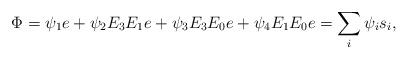
\begin{align*}\Phi = \psi_1 e + \psi_2 E_3E_1 e + \psi_3 E_3 E_0 e + \psi_4 E_1 E_0 e = \sum_{i} \psi_i s_i ,\end{align*}